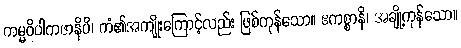
ကမ္မဝိပါကဇာနိပိ၊ ကံ၏အကျိုးကြောင့်လည်း ဖြစ်ကုန်သော။ ဧကစ္စာနိ၊ အချို့ကုန်သော။